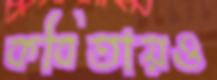
কবিতায়ও